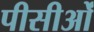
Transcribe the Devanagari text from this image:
पीसीओं